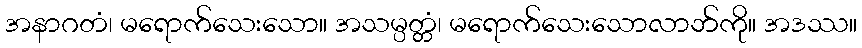
အနာဂတံ၊ မရောက်သေးသော။ အသမ္ပတ္တံ၊ မရောက်သေးသောလာဘ်ကို။ အဒဿ။